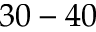
3 0 - 4 0